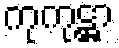
ကုကုဋ္ဌာ